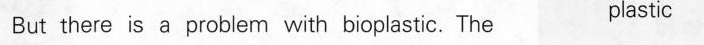
But there is a problem with bioplastic. The plastic